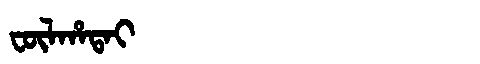
Manchu: ᡶᡡᠯᡥᠠᡨᠠᡳ
Romanization: FŪLHATAI